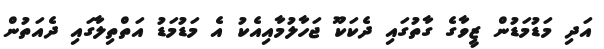
އަދި މަޑުމަޑުން ޒީވާގެ ގާތުގައި ދެކަކޫ ޖަހާލުމާއިއެކު އެ މަޑުމަޑު އަތްތިލާގައި ދެއަތުން